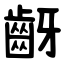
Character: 齖